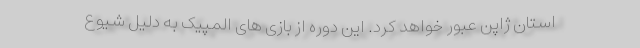
استان ژاپن عبور خواهد کرد. این دوره از بازی های المپیک به دلیل شیوع